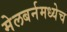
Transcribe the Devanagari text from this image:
मेलबर्नमध्येच